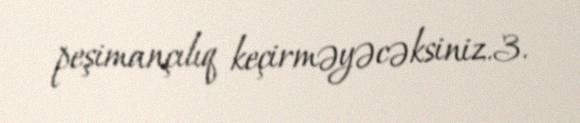
peşimançılıq keçirməyəcəksiniz.3.